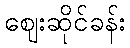
ဈေးဆိုင်ခန်း